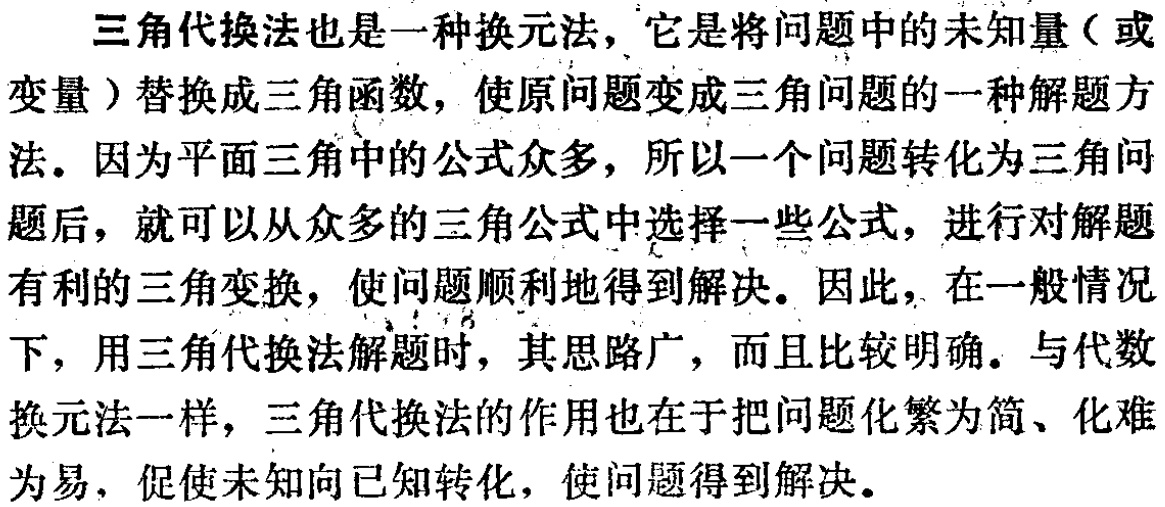
三角代换法也是一种换元法，它是将问题中的未知量（或

变量）替换成三角函数，使原问题变成三角问题的一种解题方

法。因为平面三角中的公式众多，所以一个问题转化为三角问

题后，就可以从众多的三角公式中选择一些公式，进行对解题

有利的三角变换，使问题顺利地得到解决。因此，在一般情况

下，用三角代换法解题时，其思路广，而且比较明确。与代数

换元法一样，三角代换法的作用也在于把问题化繁为简、化难

为易，促使未知向已知转化，使问题得到解决。